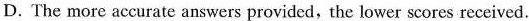
D.The more accurate answers provided, the lower scores received.